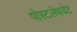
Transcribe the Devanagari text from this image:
पोस्टलेथवेट